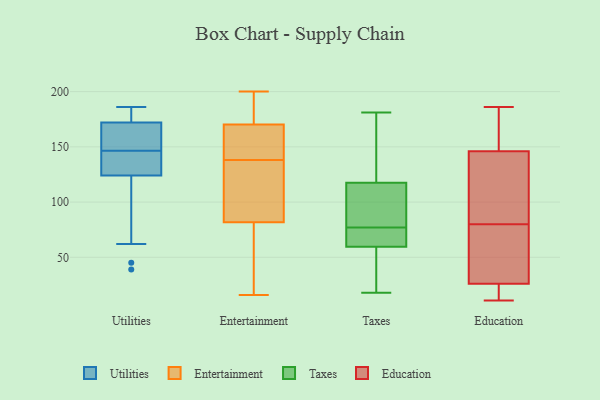
{"axis": {"x": "Tickets Resolved", "y": "Value"}, "legend": ["Education", "Entertainment", "Taxes", "Utilities"], "data": [{"x": "", "y": 45, "type": "Utilities"}, {"x": "", "y": 142, "type": "Utilities"}, {"x": "", "y": 146, "type": "Utilities"}, {"x": "", "y": 68, "type": "Utilities"}, {"x": "", "y": 150, "type": "Utilities"}, {"x": "", "y": 127, "type": "Utilities"}, {"x": "", "y": 161, "type": "Utilities"}, {"x": "", "y": 181, "type": "Utilities"}, {"x": "", "y": 124, "type": "Utilities"}, {"x": "", "y": 147, "type": "Utilities"}, {"x": "", "y": 174, "type": "Utilities"}, {"x": "", "y": 39, "type": "Utilities"}, {"x": "", "y": 172, "type": "Utilities"}, {"x": "", "y": 149, "type": "Utilities"}, {"x": "", "y": 130, "type": "Utilities"}, {"x": "", "y": 173, "type": "Utilities"}, {"x": "", "y": 62, "type": "Utilities"}, {"x": "", "y": 186, "type": "Utilities"}, {"x": "", "y": 191, "type": "Entertainment"}, {"x": "", "y": 200, "type": "Entertainment"}, {"x": "", "y": 98, "type": "Entertainment"}, {"x": "", "y": 114, "type": "Entertainment"}, {"x": "", "y": 162, "type": "Entertainment"}, {"x": "", "y": 138, "type": "Entertainment"}, {"x": "", "y": 153, "type": "Entertainment"}, {"x": "", "y": 131, "type": "Entertainment"}, {"x": "", "y": 20, "type": "Entertainment"}, {"x": "", "y": 168, "type": "Entertainment"}, {"x": "", "y": 177, "type": "Entertainment"}, {"x": "", "y": 33, "type": "Entertainment"}, {"x": "", "y": 16, "type": "Entertainment"}, {"x": "", "y": 79, "type": "Taxes"}, {"x": "", "y": 132, "type": "Taxes"}, {"x": "", "y": 62, "type": "Taxes"}, {"x": "", "y": 71, "type": "Taxes"}, {"x": "", "y": 141, "type": "Taxes"}, {"x": "", "y": 109, "type": "Taxes"}, {"x": "", "y": 28, "type": "Taxes"}, {"x": "", "y": 36, "type": "Taxes"}, {"x": "", "y": 18, "type": "Taxes"}, {"x": "", "y": 78, "type": "Taxes"}, {"x": "", "y": 76, "type": "Taxes"}, {"x": "", "y": 181, "type": "Taxes"}, {"x": "", "y": 57, "type": "Taxes"}, {"x": "", "y": 75, "type": "Taxes"}, {"x": "", "y": 176, "type": "Taxes"}, {"x": "", "y": 29, "type": "Taxes"}, {"x": "", "y": 66, "type": "Taxes"}, {"x": "", "y": 87, "type": "Taxes"}, {"x": "", "y": 126, "type": "Taxes"}, {"x": "", "y": 103, "type": "Taxes"}, {"x": "", "y": 186, "type": "Education"}, {"x": "", "y": 23, "type": "Education"}, {"x": "", "y": 90, "type": "Education"}, {"x": "", "y": 174, "type": "Education"}, {"x": "", "y": 29, "type": "Education"}, {"x": "", "y": 26, "type": "Education"}, {"x": "", "y": 115, "type": "Education"}, {"x": "", "y": 80, "type": "Education"}, {"x": "", "y": 11, "type": "Education"}, {"x": "", "y": 25, "type": "Education"}, {"x": "", "y": 80, "type": "Education"}, {"x": "", "y": 169, "type": "Education"}, {"x": "", "y": 42, "type": "Education"}, {"x": "", "y": 146, "type": "Education"}]}